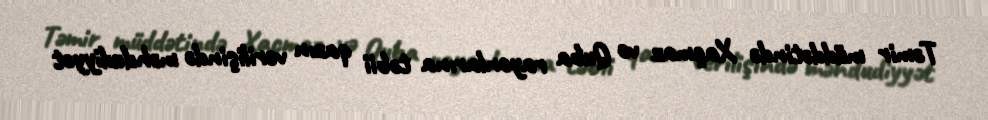
Təmir müddətində Xaçmaz və Quba rayonlarına təbii qazın verilişində məhdudiyyət